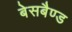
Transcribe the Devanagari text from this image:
बेसबैण्ड